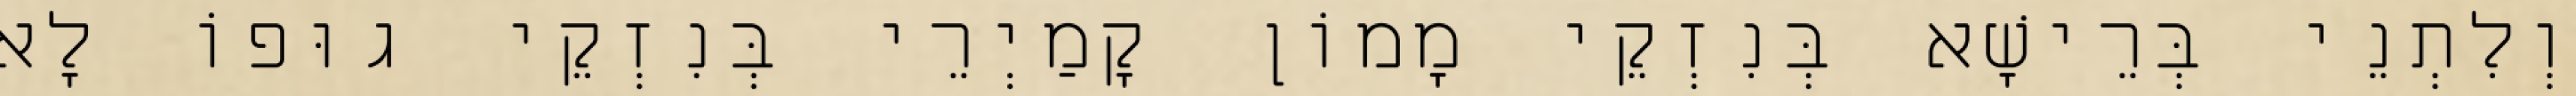
וְלִתְנֵי בְּרֵישָׁא בְּנִזְקֵי מָמוֹן קָמַיְרֵי בְּנִזְקֵי גוּפוֹ לָא